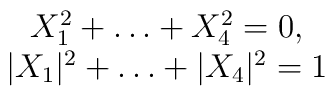
\begin{array}{c}X_1^2+\ldots+X_4^2=0,\\|X_1|^2+\ldots+|X_4|^2=1\end{array}